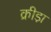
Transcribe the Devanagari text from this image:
क्रीडा़